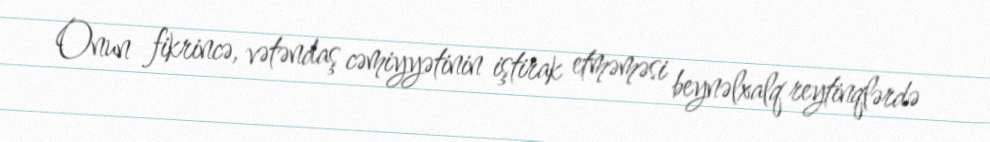
Onun fikrincə, vətəndaş cəmiyyətinin iştirak etməməsi beynəlxalq reytinqlərdə